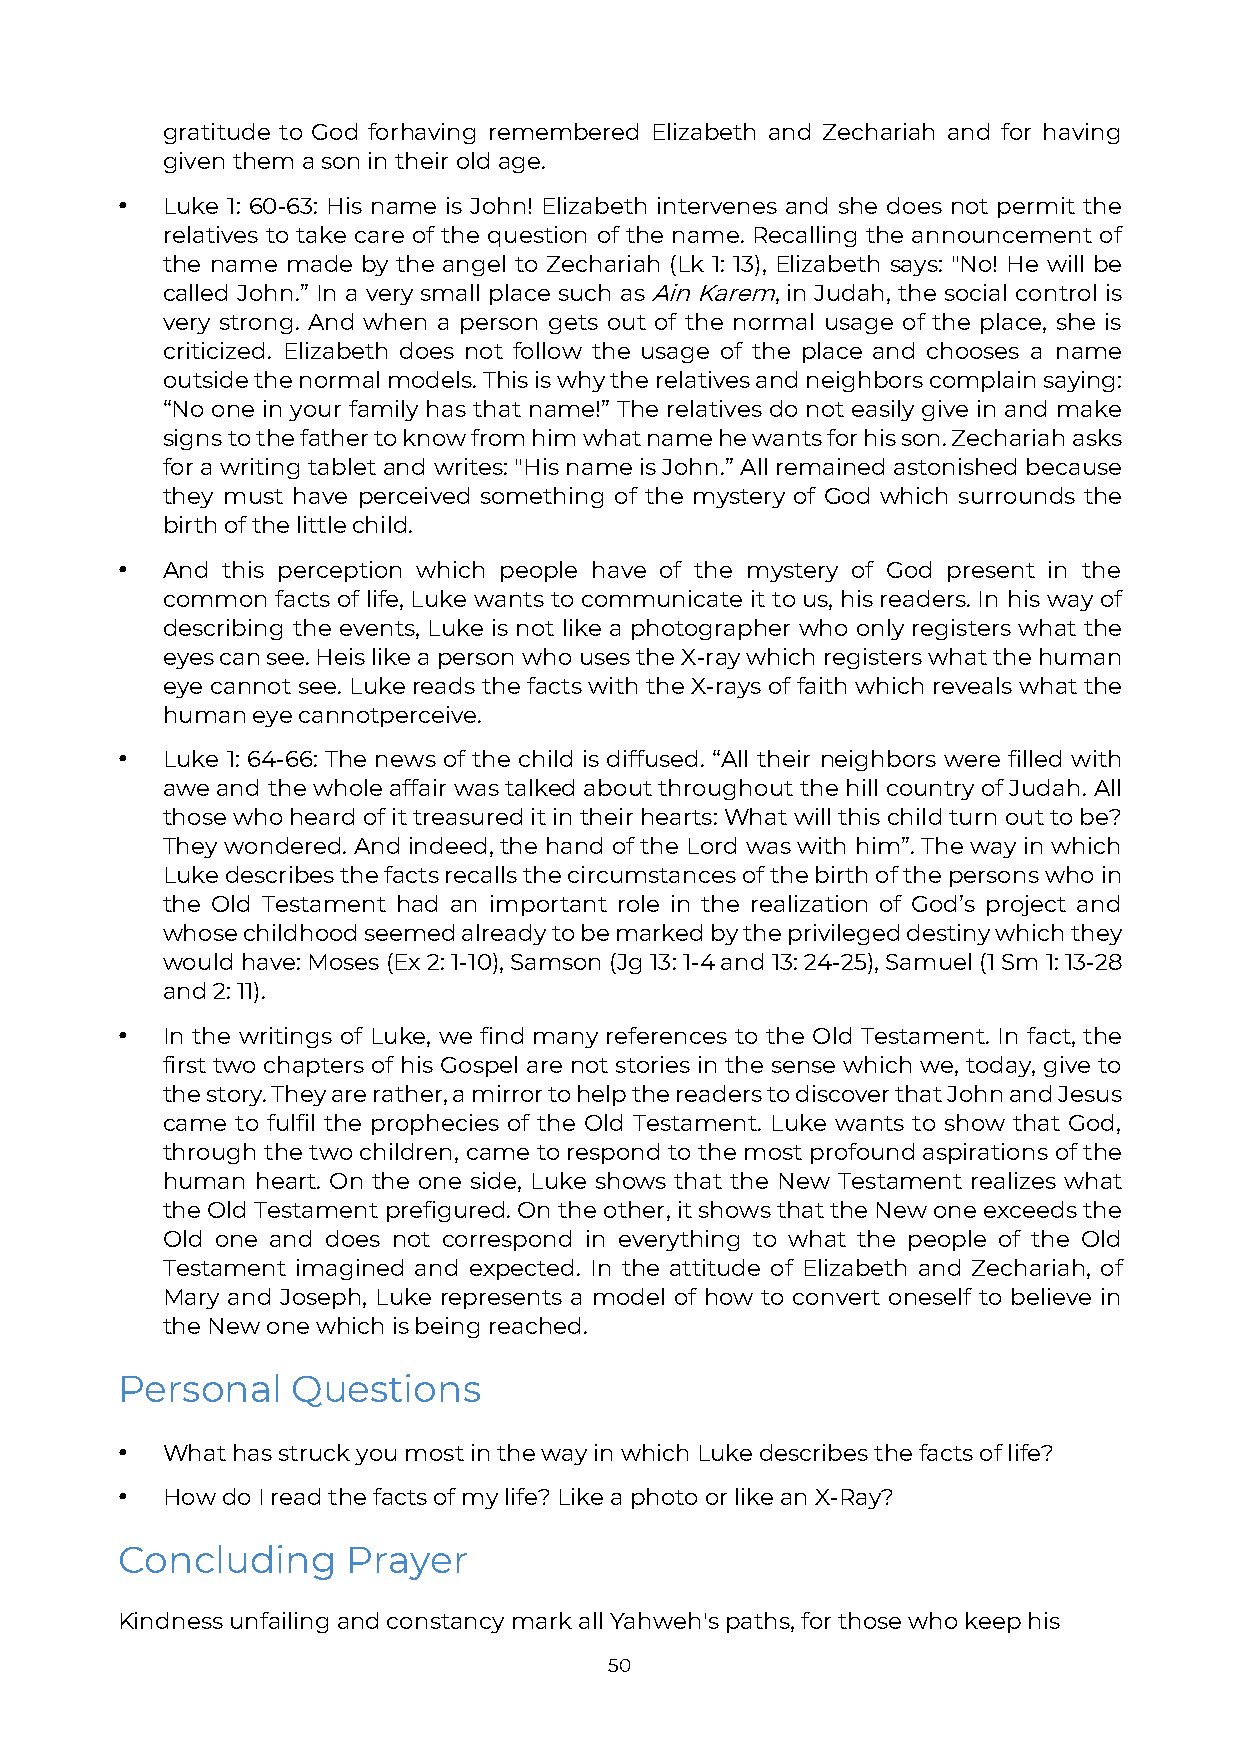
gratitude to God for having remembered Elizabeth and Zechariah and for having
 given them a son in their old age.
 •  Luke 1: 60-63: His name is John! Elizabeth intervenes and she does not permit the
 relatives to take care of the question of the name. Recalling the announcement of
 the name made by the angel to Zechariah (Lk 1: 13), Elizabeth says: "No! He will be
 called John.” In a very small place such as Ain Karem, in Judah, the social control is
 very strong. And when a person gets out of the normal usage of the place, she is
 criticized. Elizabeth does not follow the usage of the place and chooses a name
 outside the normal models. This is why the relatives and neighbors complain saying:
 “No one in your family has that name!” The relatives do not easily give in and make
 signs to the father to know from him what name he wants for his son. Zechariah asks
 for a writing tablet and writes: "His name is John.” All remained astonished because
 they must have perceived something of the mystery of God which surrounds the
 birth of the little child.
 •  And this perception which people have of the mystery of God present in the
 common facts of life, Luke wants to communicate it to us, his readers. In his way of
 describing the events, Luke is not like a photographer who only registers what the
 eyes can see. He is like a person who uses the X-ray which registers what the human
 eye cannot see. Luke reads the facts with the X-rays of faith which reveals what the
 human eye cannot perceive.
 •  Luke 1: 64-66: The news of the child is diffused. “All their neighbors were filled with
 awe and the whole affair was talked about throughout the hill country of Judah. All
 those who heard of it treasured it in their hearts: What will this child turn out to be?
 They wondered. And indeed, the hand of the Lord was with him”. The way in which
 Luke describes the facts recalls the circumstances of the birth of the persons who in
 the Old Testament had an important role in the realization of God’s project and
 whose childhood seemed already to be marked by the privileged destiny which they
 would have: Moses (Ex 2: 1-10), Samson (Jg 13: 1-4 and 13: 24-25), Samuel (1 Sm 1: 13-28
 and 2: 11).
 •  In the writings of Luke, we find many references to the Old Testament. In fact, the
 first two chapters of his Gospel are not stories in the sense which we, today, give to
 the story. They are rather, a mirror to help the readers to discover that John and Jesus
 came to fulfil the prophecies of the Old Testament. Luke wants to show that God,
 through the two children, came to respond to the most profound aspirations of the
 human heart. On the one side, Luke shows that the New Testament realizes what
 the Old Testament prefigured. On the other, it shows that the New one exceeds the
 Old one and does not correspond in everything to what the people of the Old
 Testament imagined and expected. In the attitude of Elizabeth and Zechariah, of
 Mary and Joseph, Luke represents a model of how to convert oneself to believe in
 the New one which is being reached.
 Personal   Questions
 •  What has struck you most in the way in which Luke describes the facts of life?
 •  How do I read the facts of my life? Like a photo or like an X-Ray?
 Concluding     Prayer
 Kindness unfailing and constancy mark all Yahweh's paths, for those who keep his
 50